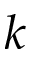
k